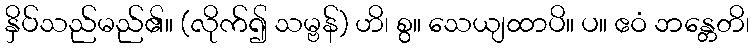
နှိပ်သည်မည်၏။ (လိုက်၍ သမ္ဗန်) ဟိ၊ စွ။ သေယျထာပိ။ ပ။ ဧဝံ ဘန္တေတိ၊